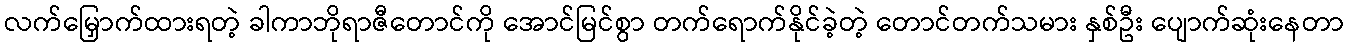
လက်မြှောက်ထားရတဲ့ ခါကာဘိုရာဇီတောင်ကို အောင်မြင်စွာ တက်ရောက်နိုင်ခဲ့တဲ့ တောင်တက်သမား နှစ်ဦး ပျောက်ဆုံးနေတာ